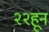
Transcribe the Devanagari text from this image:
२२हून